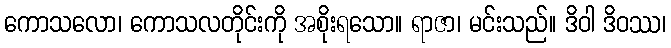
ကောသလော၊ ကောသလတိုင်းကို အစိုးရသော။ ရာဇာ၊ မင်းသည်။ ဒိဝါ ဒိဝဿ၊